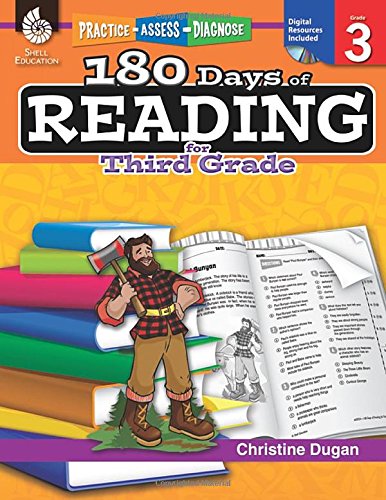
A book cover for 180 Days of Reading for Third Grade (Practice, Assess, Diagnose); Christine Dugan; Reference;